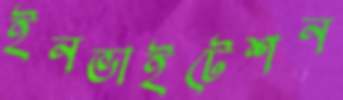
ইনভাইটেশন